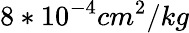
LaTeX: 8*10^{-4}cm^{2}/kg